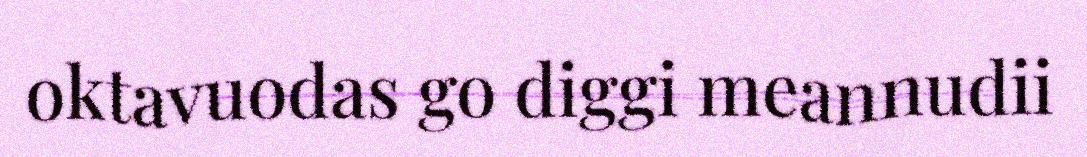
oktavuodas go diggi meannudii